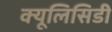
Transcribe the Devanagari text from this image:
क्यूलिसिडी